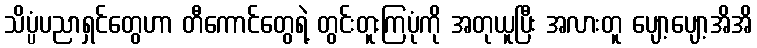
သိပ္ပံပညာရှင်တွေဟာ တီကောင်တွေရဲ့ တွင်းတူးကြပုံကို အတုယူပြီး အလားတူ ပျော့ပျော့အိအိ